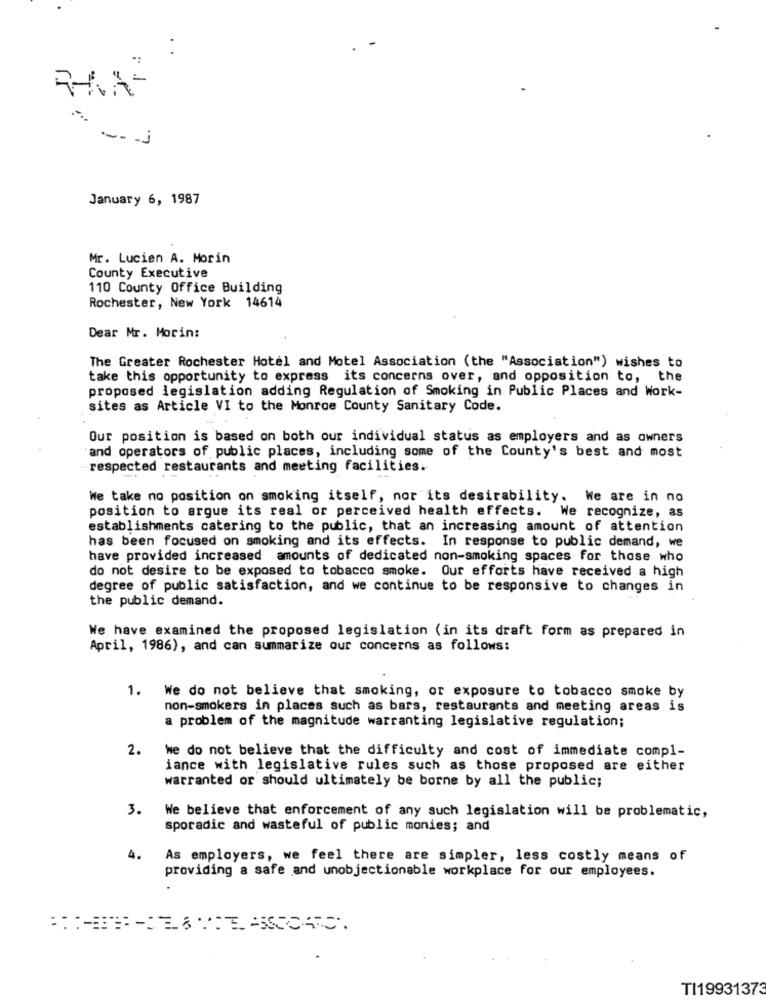
:
L.
January 6, 1987
Mr. Lucien A. Morin
County Executive
110 County Office Building
Rochester, New York 14614
Dear Mr. Morin:
The Greater Rochester Hotel and Motel Association (the "Association") wishes to
take this opportunity to express its concerns over, and opposition to, the
proposed legislation adding Regulation of Smoking in Public Places and Work-
sites as Article VI to the Monroe County Sanitary Code.
Our position is based on both our individual status as employers and as owners
"and operators of public places, including some of the County's best and most
respected restaurants and meeting facilities.
We take no position on smoking itself, nor its desirability. We are in no
position to argue its real or perceived health effects. We recognize, as
establishments catering to the public, that an increasing amount of attention
has been focused on smoking and its effects. In response to public demand, we
have provided increased amounts of dedicated non-smoking spaces for those who
do not desire to be exposed to tobacco smoke. Our efforts have received a high
degree of public satisfaction, and we continue to be responsive to changes in
the public demand.
We have examined the proposed legislation (in its draft form as prepared in
April, 1986), and can summarize our concerns as follows:
1. We do not believe that smoking, or exposure to tobacco smoke by
non-smokers in places such as bars, restaurants and meeting areas is
a problem of the magnitude warranting legislative regulation;
2.
we do not believe that the difficulty and cost of immediate compl-
iance with legislative rules such as those proposed are either
warranted or should ultimately be borne by all the public;
3.
We believe that enforcement of any such legislation will be problematic,
sporadic and wasteful of public monies; and
4.
As employers, we feel there are simpler, less costly means of
providing a safe and unobjectionable workplace for our employees.
TI19931373